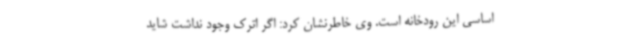
اساسی این رودخانه است. وی خاطرنشان کرد: اگر اترک وجود نداشت شاید